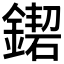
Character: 𨫛